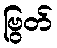
ဗြွတ်